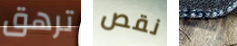
ترهق نقص إنها